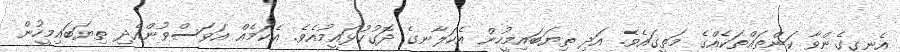
އެނގިގެންވާ ކަންތައްތަކެއްގެ މަތީގައެވެ. އަދި ތިޔަބައިމީހުން އެކަލާނގެ ދޮގުކުޅައީމުއެވެ. އެކަމެއް އަވަސްވުންއެދި ތިޔަބައިމީހުން